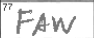
Transcription: FAW